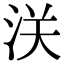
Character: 浂